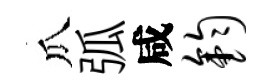
瓜弧咸钧